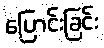
ပြောင်းခြင်း